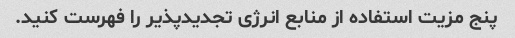
پنج مزیت استفاده از منابع انرژی تجدیدپذیر را فهرست کنید.